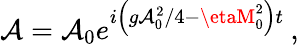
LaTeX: \mathcal{A}=\mathcal{{A}}_{0}e^{{i\left({g\mathcal{{A}}_{0}^{2}}/{4}-\etaM_{0}^{2}\right)t}}\: ,